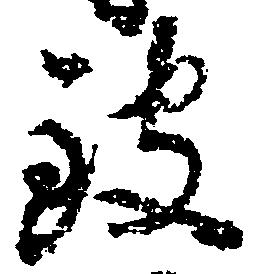
致